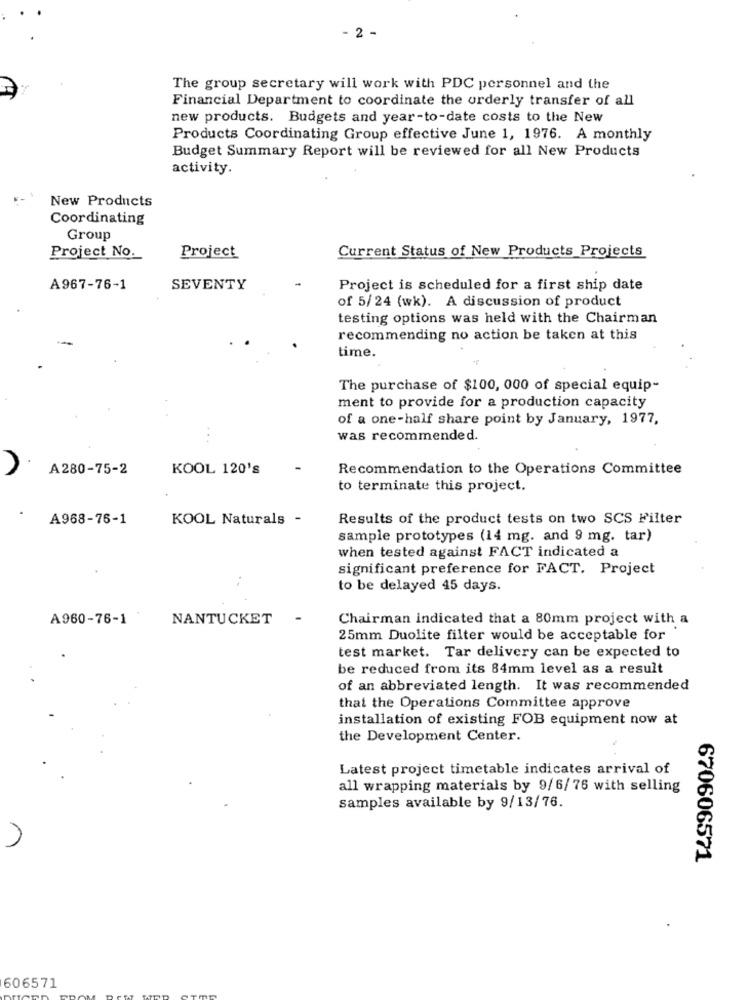
2 -
The group secretary will work with PDC personnel and the
Financial Department to coordinate the orderly transfer of all
new products. Budgets and year-to-date costs to the New
Products Coordinating Group effective June 1, 1976. A monthly
Budget Summary Report will be reviewed for all New Products
activity.
New Products
Coordinating
Group
Current Status of New Products Projects
Project No.
Project
A967-76-1
SEVENTY
Project is scheduled for a first ship date
of 5/ 24 (wk). A discussion of product
testing options was held with the Chairman
recommending no action be taken at this
time.
The purchase of $100, 000 of special equip-
ment to provide for a production capacity
of a one-half share point by January, 1977.
was recommended.
A280-75-2
KOOL 120's
Recommendation to the Operations Committee
to terminate this project.
.
A968-76-1
KOOL Naturals -
Results of the product tests on two SCS Filter
sample prototypes (14 mg. and 9 mg. tar)
when tested against FACT indicated a
significant preference for FACT. Project
to be delayed 45 days.
A960-76-1
NANTUCKET
Chairman indicated that a 80mm project with a
25mm Duolite filter would be acceptable for
test market. Tar delivery can be expected to
be reduced from its 84mm level as a result
of an abbreviated length. It was recommended
that the Operations Committee approve
installation of existing FOB equipment now at
the Development Center.
Latest project timetable indicates arrival of
all wrapping materials by 9/6/76 with selling
samples available by 9/13/76.
670606571
606571